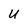
Character: U